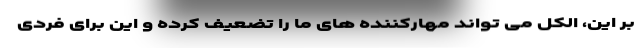
بر این، الکل می تواند مهارکننده های ما را تضعیف کرده و این برای فردی